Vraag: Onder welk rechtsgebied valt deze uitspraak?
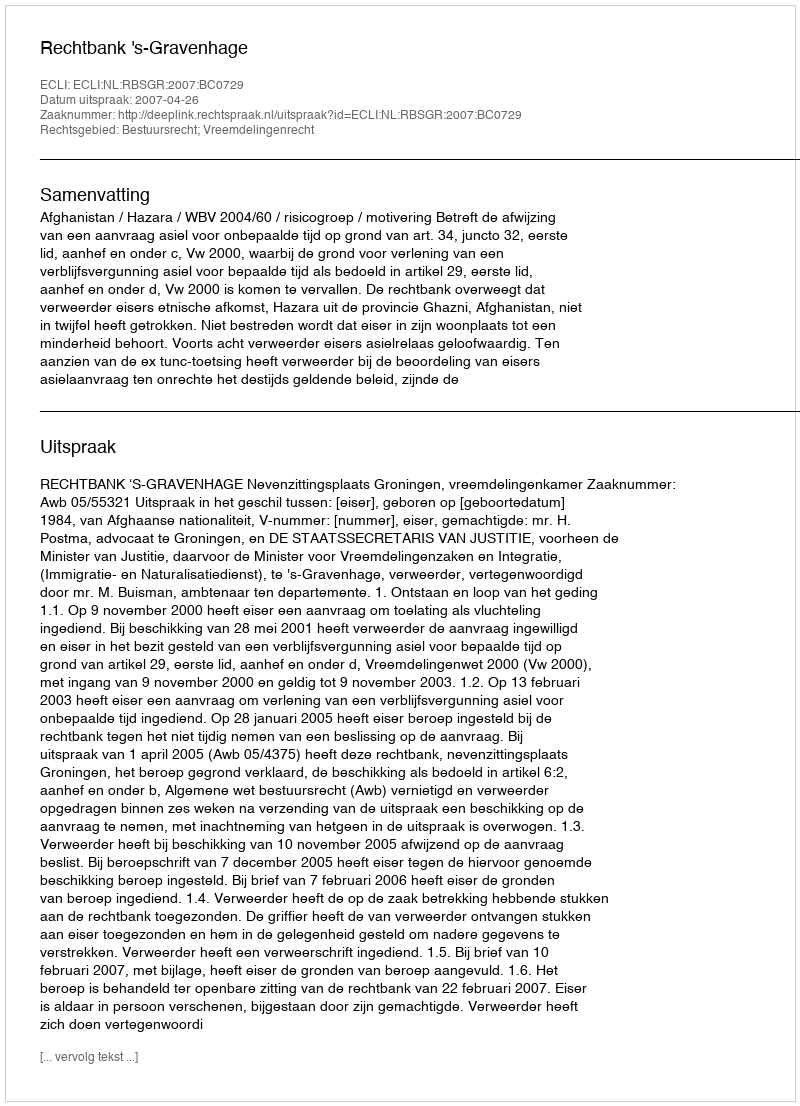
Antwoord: Bestuursrecht; Vreemdelingenrecht